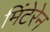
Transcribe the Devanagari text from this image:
मिंटेरेन